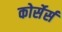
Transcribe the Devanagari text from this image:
कोर्सेर्स